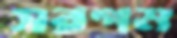
সরগম